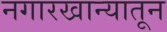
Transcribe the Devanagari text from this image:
नगारखान्यातून